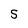
Character: 5